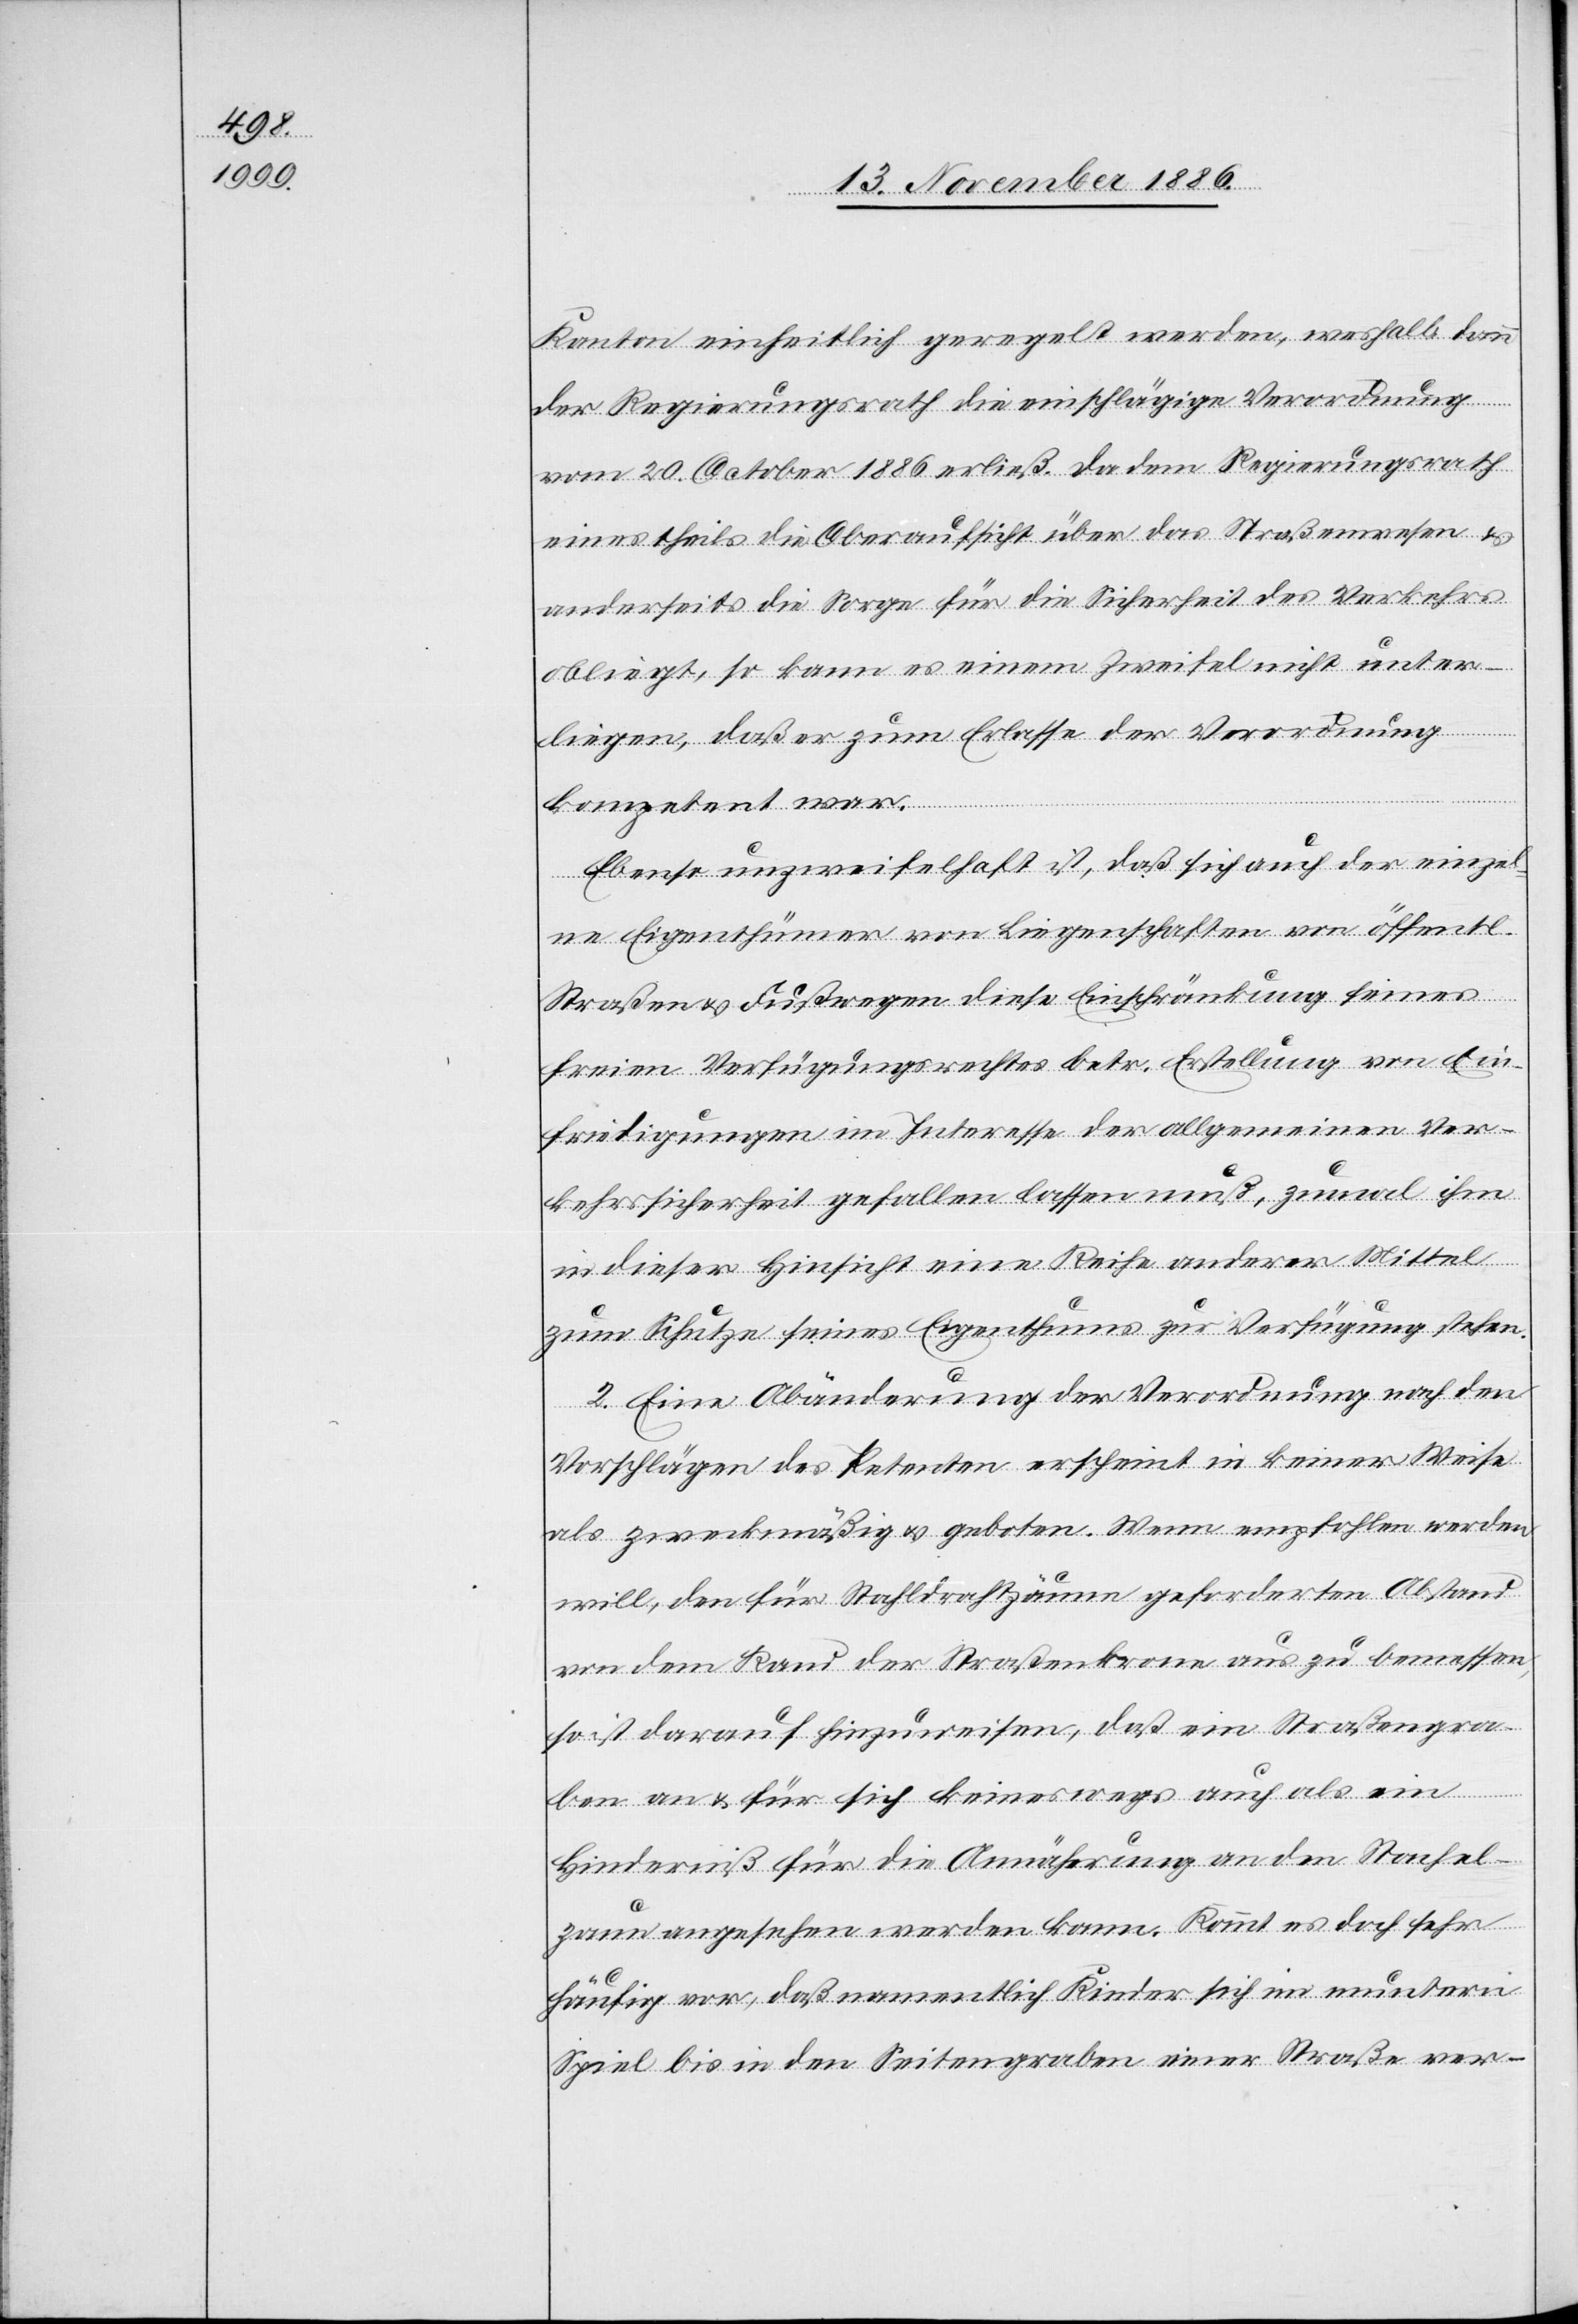
Kanton einheitlich geregelt werden, weshalb dann
der Regierungsrath die einschlägige Verordnung
vom 20. October 1886 erließ. Da dem Regierungsrath
einestheils die Oberaufsicht über das Straßenwesen &
anderseits die Sorge für die Sicherheit des Verkehrs
obliegt, so kann es einem Zweifel nicht unter¬
liegen, daß er zum Erlasse der Verordnung
kompetent war.
Ebenso unzweifelhaft ist, daß sich auch der einzel¬
ne Eigenthümer von Liegenschaften von öffentl.
Straßen & Fußwegen diese Einschränkung seines
freien Verfügungsrechtes betr. Erstellung von Ein¬
friedigungen im Interesse der allgemeinen Ver¬
kehrssicherheit gefallen lassen muß, zumal ihm
in dieser Hinsicht eine Reihe anderer Mittel
zum Schutze seines Eigenthums zur Verfügung stehen.
2. Eine Abänderung der Verordnung nach den
Vorschlägen des Petenten erscheint in keiner Weise
als zweckmäßig & geboten. Wenn empfohlen werden
will, den für Stahldrahtzäune geforderten Abstand
von dem Rand der Straßenkrone aus zu bemessen,
so ist darauf hinzuweisen, daß ein Straßengra¬
ben an & für sich keineswegs auch als ein
Hinderniß für die Annäherung an den Stachel¬
zaun angesehen werden kann. Kommt es doch sehr
häufig vor, daß namentlich Kinder sich im muntern
Spiel bis in den Seitengraben einer Straße ver-